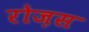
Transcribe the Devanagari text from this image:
रोज़स